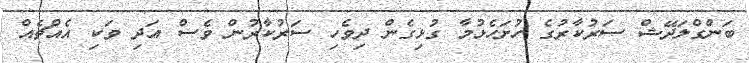
ބަންގްލަދޭޝް ސަރުކާރުގެ ހުށަހެޅުމާ ގުޅިގެން ދިވެހި ސަރުކާރުން ވެސް އަދި ވަކި އެއްޗެއް